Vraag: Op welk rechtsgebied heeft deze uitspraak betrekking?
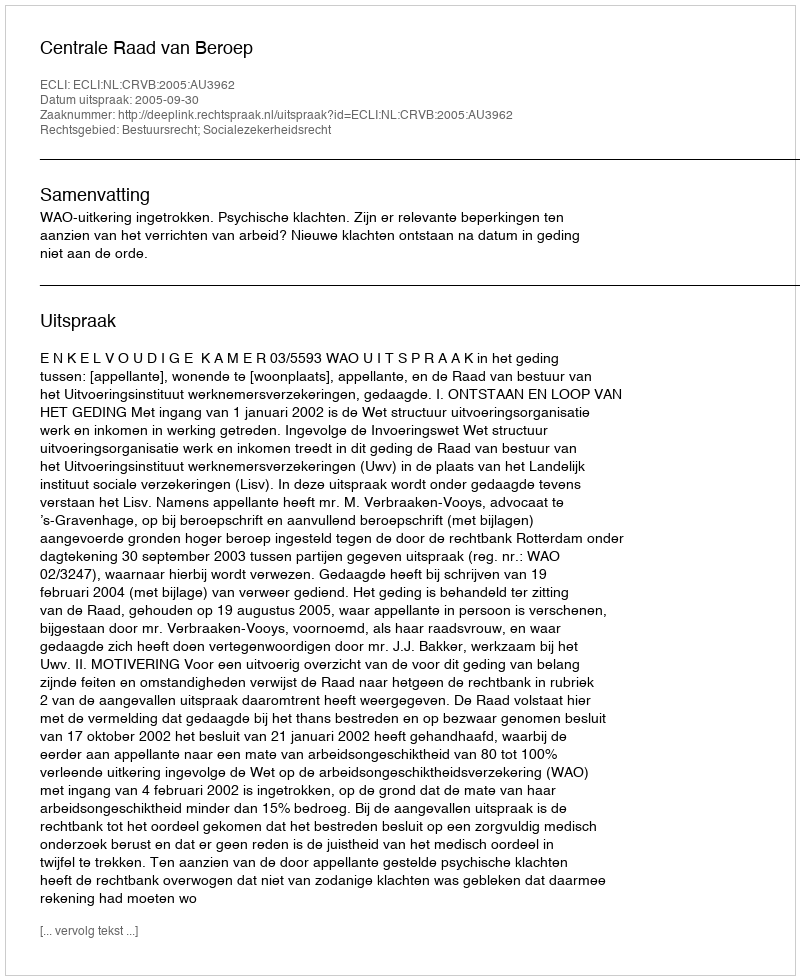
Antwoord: Bestuursrecht; Socialezekerheidsrecht